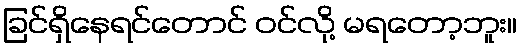
ခြင်ရှိနေရင်တောင် ဝင်လို့ မရတော့ဘူး။